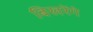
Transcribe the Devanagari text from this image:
बिखरेंगे